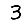
Digit: 3